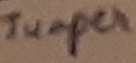
Text: Jumper